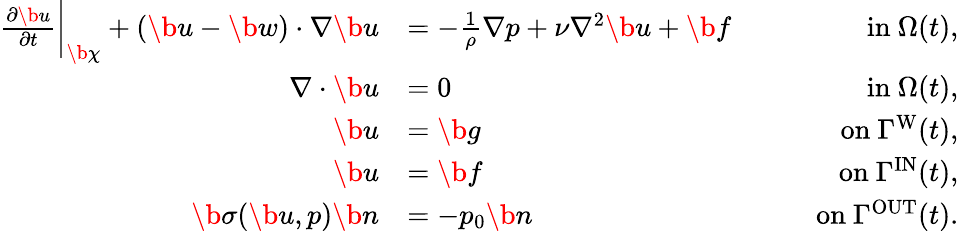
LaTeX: \begin{array}{rlr}{\frac{\partial\b u}{\partial t}\bigg|_{\b\chi}+(\b u-\b w)\cdot\nabla\b u}&{=-\frac{1}{\rho}\nabla p+\nu\nabla^{2}\b u+\b f}&{\qquad\mathrm{in~}\Omega(t),}\\ {\nabla\cdot\b u}&{=0}&{\qquad\mathrm{in~}\Omega(t),}\\ {\b u}&{=\b g}&{\qquad\mathrm{on~}\Gamma^{\mathrm{W}}(t),}\\ {\b u}&{=\b f}&{\qquad\mathrm{on~}\Gamma^{\mathrm{IN}}(t),}\\ {\b\sigma(\b u,p)\b n}&{=-p_{0}\b n}&{\qquad\mathrm{on~}\Gamma^{\mathrm{OUT}}(t).}\end{array}